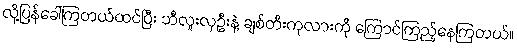
လို့ပြန်ခေါ်ကြတယ်ထင်ပြီး ဘီလူးလှဦးနဲ့ ချစ်တီးကုလားကို ကြောင်ကြည့်နေကြတယ်။